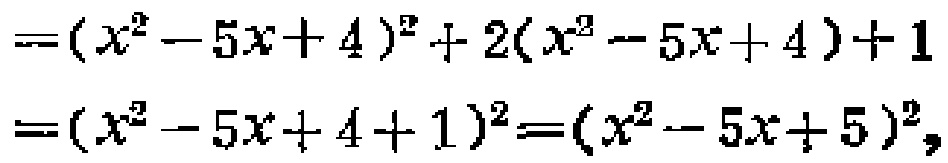
\[

\begin{align*}

&=(x^{2}-5x + 4)^{2}+2(x^{2}-5x + 4)+1\\

&=(x^{2}-5x + 4 + 1)^{2}=(x^{2}-5x + 5)^{2},

\end{align*}

\]